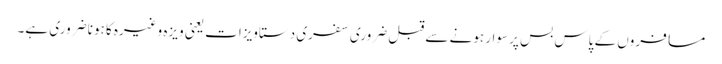
مسافروں کے پاس بس پر سوار ہونے سے قبل ضروری سفری دستاویزات یعنی ویزہ وغیرہ کا ہونا ضروری ہے۔